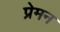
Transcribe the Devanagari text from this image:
प्रेमन